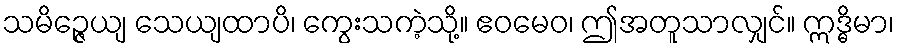
သမိဉ္ဇေယျ သေယျထာပိ၊ ကွေးသကဲ့သို့။ ဧဝမေဝ၊ ဤအတူသာလျှင်။ ဣဒ္ဓိမာ၊